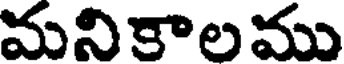
మనికాలము